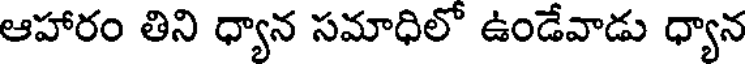
ఆహారం తిని ధ్యాన సమాధిలో ఉండేవాడు ధ్యాన